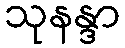
သုနန္ဒာ